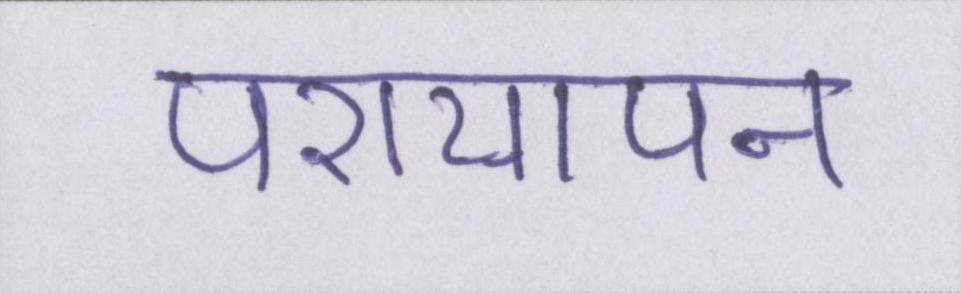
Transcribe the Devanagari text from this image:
परायापन